Bréfritari: Jakobína Jónsdóttir
Viðtakandi: Sólveig Jónsdóttir
Dagsetning: A-1862-06-29
Skrifað á: Eskifirði  S-Múl.
systir bréfviðtakanda

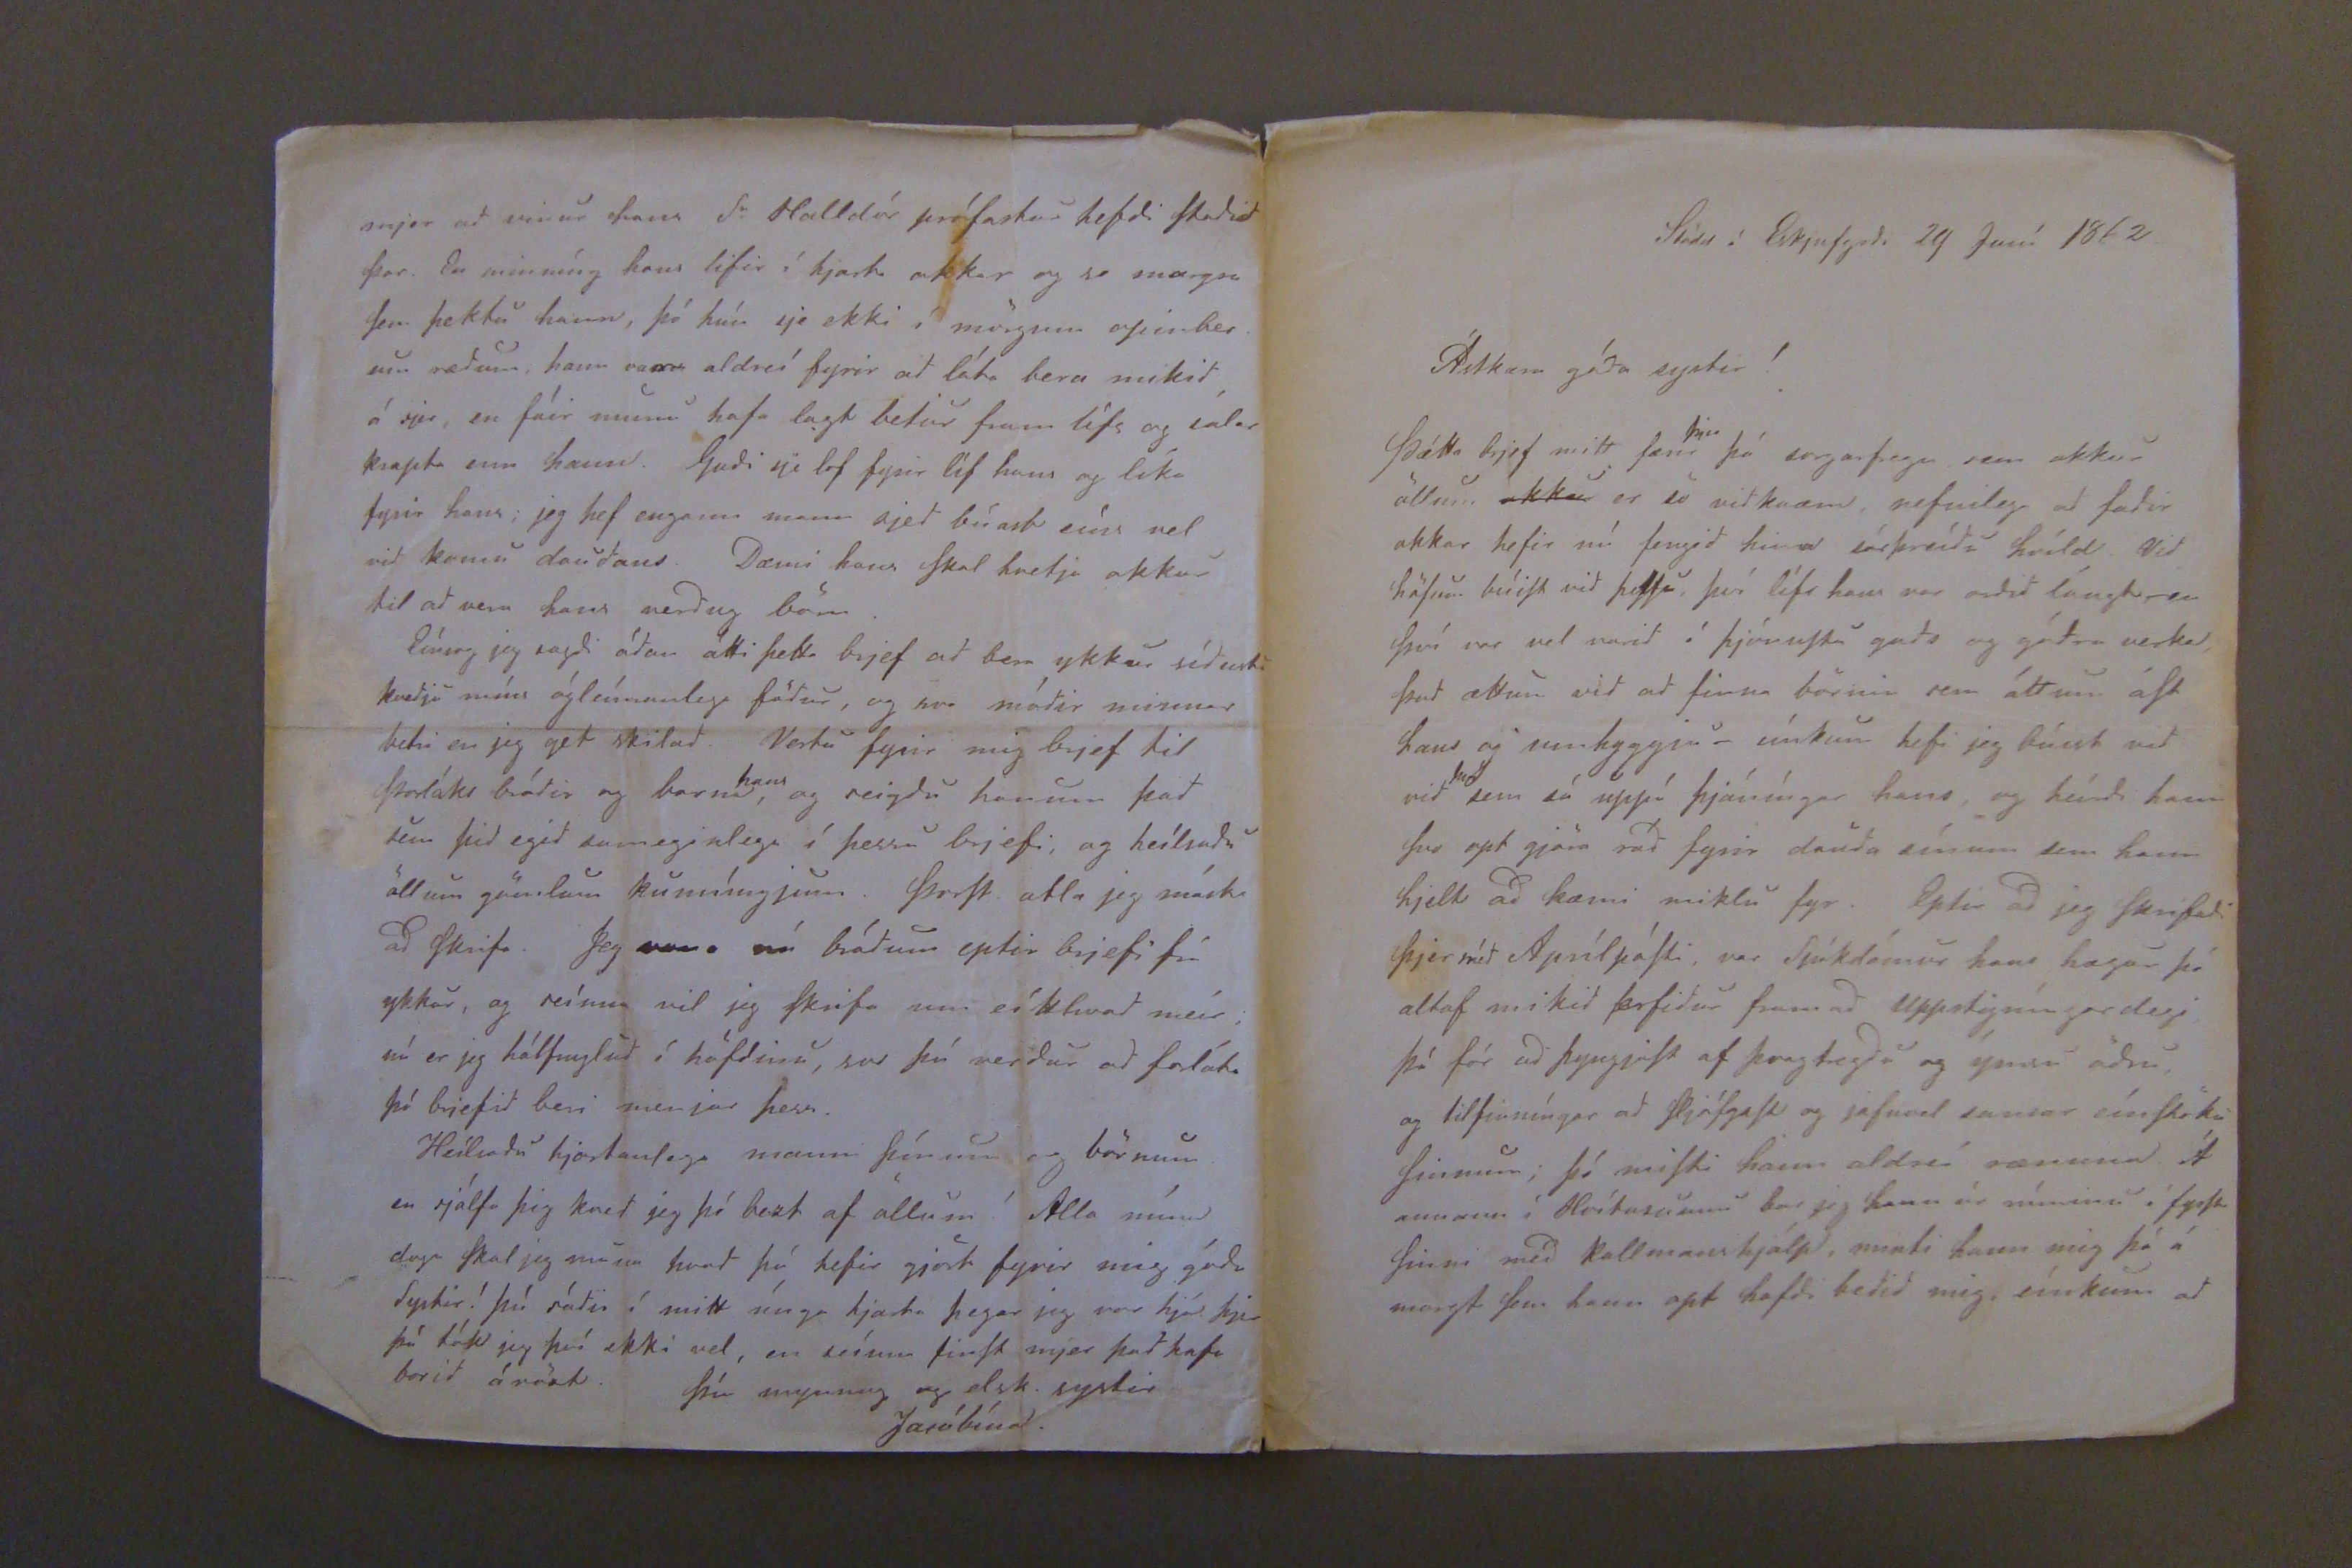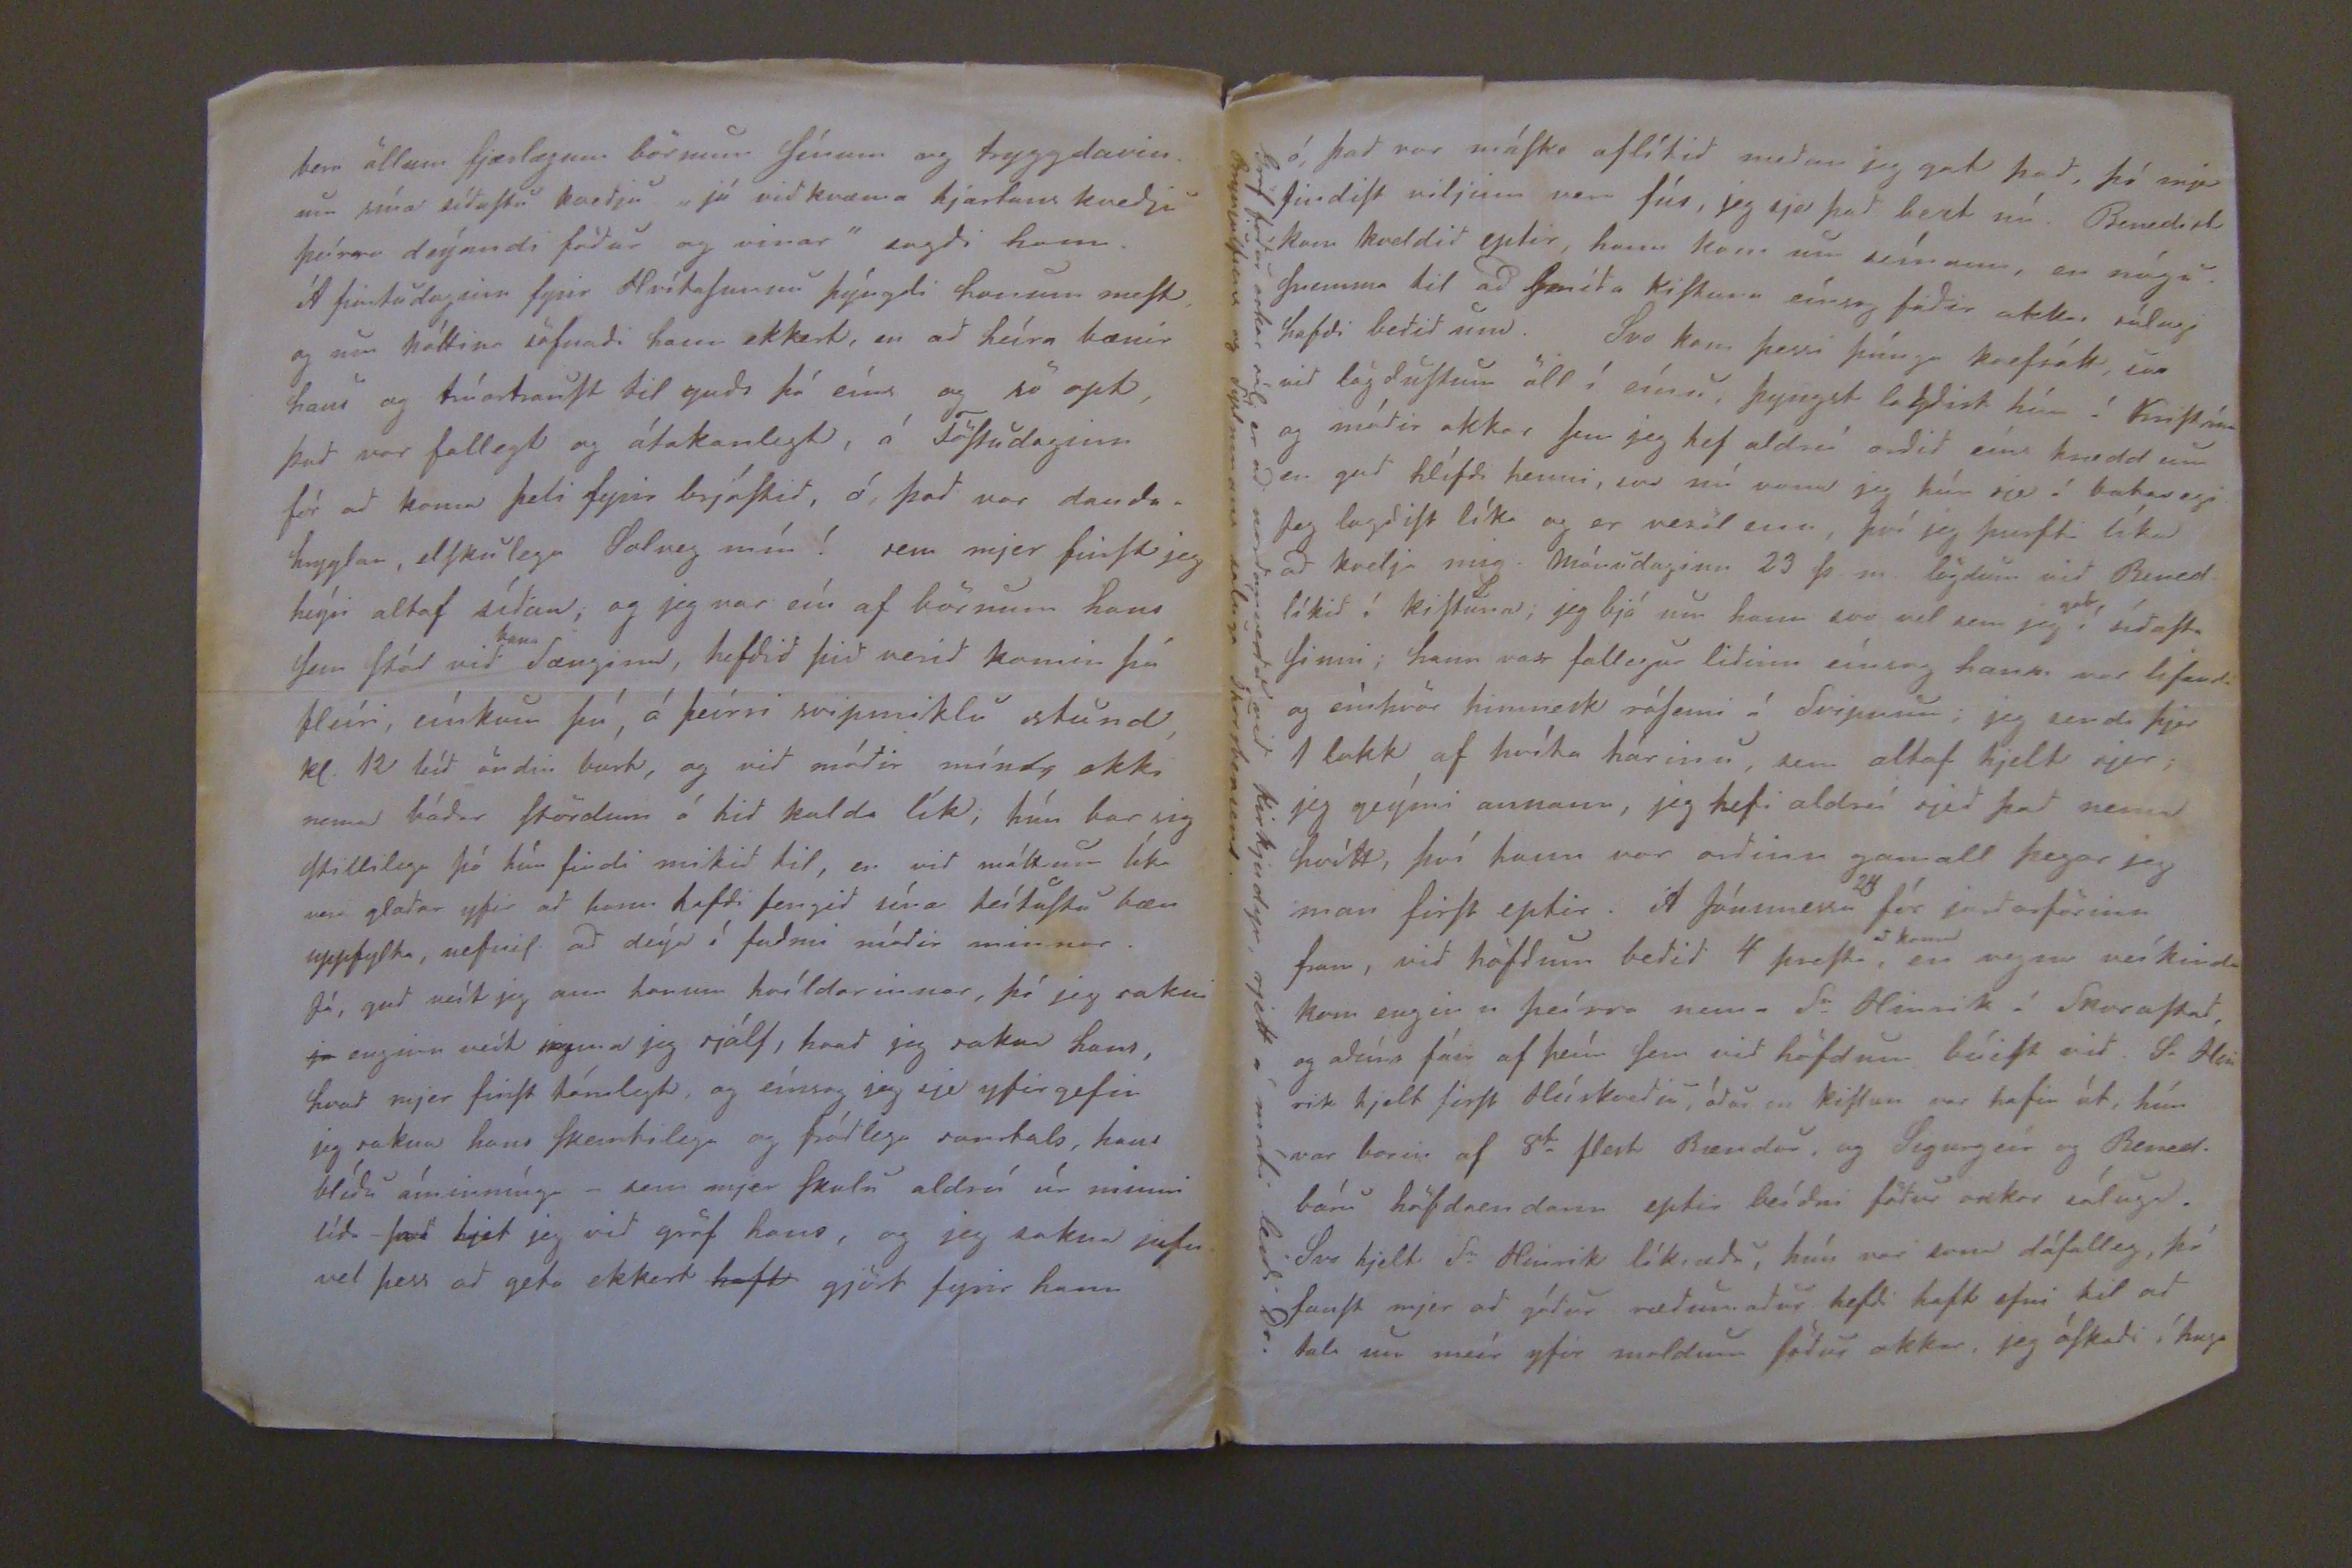

Stödd í Eskjufyrdi 29 Juní 1862.
Ástkæra góda systir!
Þétta bjef mitt færir
þjer
þá sorgarfregn sem okkur öllum
okkur
er so vidkvæm, nefnilega ad fadir okkar hefir nú fengid hina sárþrádu hvíld. Vid höfum búiSt vid þeSSu, því líf hans var ordid lángt, en því var vel varid í þjónuStu guds og gódra verka. Þad ættum vid ad finna börnin sem áttum áSt hans og umhyggju. eínkum hefi jeg búist vid vid
því
sem sá uppí þjáníngar hans, og heírdi hann Svo opt gjöra rád fyrir dauda sínum sem hann hjelt ad kæmi miklu fyr. Eptir ad jeg Skrifadi þjer méd AprílpóSti var Sjúkdómur hans hægur þó altaf mikid erfidur fram ad uppstigníngardegi þá fór ad þyngjaSt af þvagtregdu og ýmsu ödru, og tilfinníngar ad Sjalgæft og jafnvel sansar eínStöku Sinnum; þó miSti hann aldreí rænuna. Á annan í Hvítasunnu bar jeg hann úr rúminu í fyrSt Sinni med kallmanshjálp, minti hann mig þá á margt Sem hann opt hafdi bedid mig eínkum ad
bera öllum fjærlægum börnum Sínum og tryggdavinnu sína síduStu kvedju "jú vidkvæma hjartans kvedju þeírra deýandi födur og vinar" sagdi hann. Á fimtudaginn fyrir HvítaSunnu þýngdi honum meSt og um háttina sofnadi hann ekkert, en ad heíra bænir hans og trúartrauSt til guds þó eíns og so opt, þad var fallegt og átakanlegt, á FöStudaginn fór ad koma þeli fyrir brjóStid, á þad var daudahryglar, elSkulega Solveg mín! sem mjer finSt jeg heýra altaf sídan, og jeg var eín af börnum hans Sem Stód vid
bana
Sængina, hefdid þid verid komin þá fleíri, eínkum þú, á þeírri svipmiklu stund, kl. 12 leíd öndin burt, og vid módir mín, ekki nema bádar Stördum á hid kalda lík, hún bar sig Stillilega þó hún findi mikid til, en vid máttum líka vera gladar yfir ad hann hefdi fengid sína heítuStu bæn uppfylta, nefnil. ad deýa í fadmi módir minnar.
Já, gud veít jeg ann honum hvíldarinnar, þó jeg sakni
ja
enginn veít nema jeg sjálf, hvad jeg sakna hans, hvad mjer finSt tómlegt, og eínsog jeg sje yfirgefin jeg sakna hans Skemtilega og fródlega samtals, hans blídu áminníng -sem mjer Skulu aldreí úr minni lída- þad ljet jeg vid gröf hans, og jeg sakna jafnvel þess ad geta ekkert
haft
gjört fyrir hann
mjer ad vinur hans Sr Halldór prófastur hefdi Stadid þar. En minníng hans lifir í hjarta okkar og so margra Sem þektu hann, þó hún sje ekki í mörgum opinberum rædum. hann var aldreí fyrir ad láta bera mikid á sjer, en fáid munu hafa lagt betur fram lífs og sálar krapta enn hann. Gudi sje lof fyrir líf hans og líka fyrir hans; jeg hef engann mann sjed búast eíns vel vid komu daudans. Dæmi hans Skal hvetja okkur til ad vera hans verdug börn.
Eínsog jeg sagdi ádan átti þetta brjef ad bera ykkur sídustu kvedju míns ógleímanlega födur, og svo módir minnar betri en jeg get skilad. Vertu fyrir mig brjef til Þorláks bródir og barna
hans
og seigdu honum þad sem þid egid sameginlega í þessu brjefi, og heílsadu öllum gömlum kunníngjum. ÞorSt. ætla jeg máske ad Skrifa. Jeg vona nú brádum eptir brjefi frá ykkur, og seínna vil jeg Skrifa um eítthvad meír; nú er jeg hálfmyglud í höfdinu, svo þú verdur ad forláta þó brjefid beri menjar þess.
Heílsadu hjartanlega manni þínum og börnum en sjálfa þig kved jeg þó bezt af öllum! Alla mína daga Skal jeg muna hvad þú hefir gjört fyrir mig góda Systir! þú sádir í mitt únga hjarta þegar jeg var hjá þjer þá tók jeg því ekki vel, en seínna finSt mjer þad hafa borid ávöxt.
Þín mynnnug og elsk. systir
Jacóbína.
ó, þad var máSke oflítid medan jeg gat þad, þó mjer findiSt viljinn vera fús, jeg sje þad bezt nú. Benedict kom kveldid eptir, hann kom um seínann, en nógu Snemma til ad Smída kiStuna eínsog fadir okkar sálugi hafdi bedid um. Svo kom þessi þúnga kvefsótt, svo vid lögduStum öll í eínu, þyngst lagdist hún á KriStrúnu og módir okkar Sem jeg hef aldreí ordid eíns hrædd um en gud hlífdi henni, svo nú vona jeg hún sje á batavegi. Jeg lagdiSt líka og er vesöl enn, því jeg þurfti líka ad kvelja mig. Mánudaginn 23 þ.m. lögdum vid Bened. líkid í kiStuna; jeg bjó um hann svo vel sem jeg
gat
í sídaSta Sinni; hann var fallegur lidinn eínsog hann var lifandi og eínhvör himnest róSemi á Svipnum; jeg sendi þjer 1 lokk af hvíta hárinu, sem altaf hjelt sjer; jeg geými annann, jeg hefi aldreí sjed þad nema hvítt, því hann var ordinn gamall þegar ég man firSt eptir. Á Jónsmessu
24
fór jardarförinn fram, vid höfdum bedid 4 preSta
komu
en vegna veíkinda kom engin i þeírra nema Sr Hinrik á SkoraStad, og adeíns fáir af þeím Sem vid höfdu búiSt vid. Sr Hinrik hjelt firSt Húskvedju, ádur en Kistan var hafin út, hún var borin af 8
ta
flest Bændur, og Sigurgeir og Bened. báru höfdaendann eptir beídni födur ockar sáluga. Svo hjelt Sr Hinrik líkrædu, hún var sona dáfalleg, þó fanSt mjer ad gódur rædumadur hefdi haft efni til ad tala um meír yfir moldun födur okkar, jeg óSkadi í huga
Gröf födur ockar sál, er ad nordanverdu vid Kirkjudyr, rjett á móti leidi Dr. Brynjólfsens og Sýslumans sáluga Thorstensens.